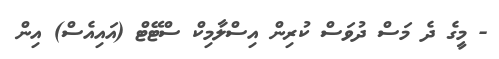
- މީގެ ދެ މަސް ދުވަސް ކުރިން އިސްލާމިކް ސްޓޭޓް (އައިއެސް) އިން